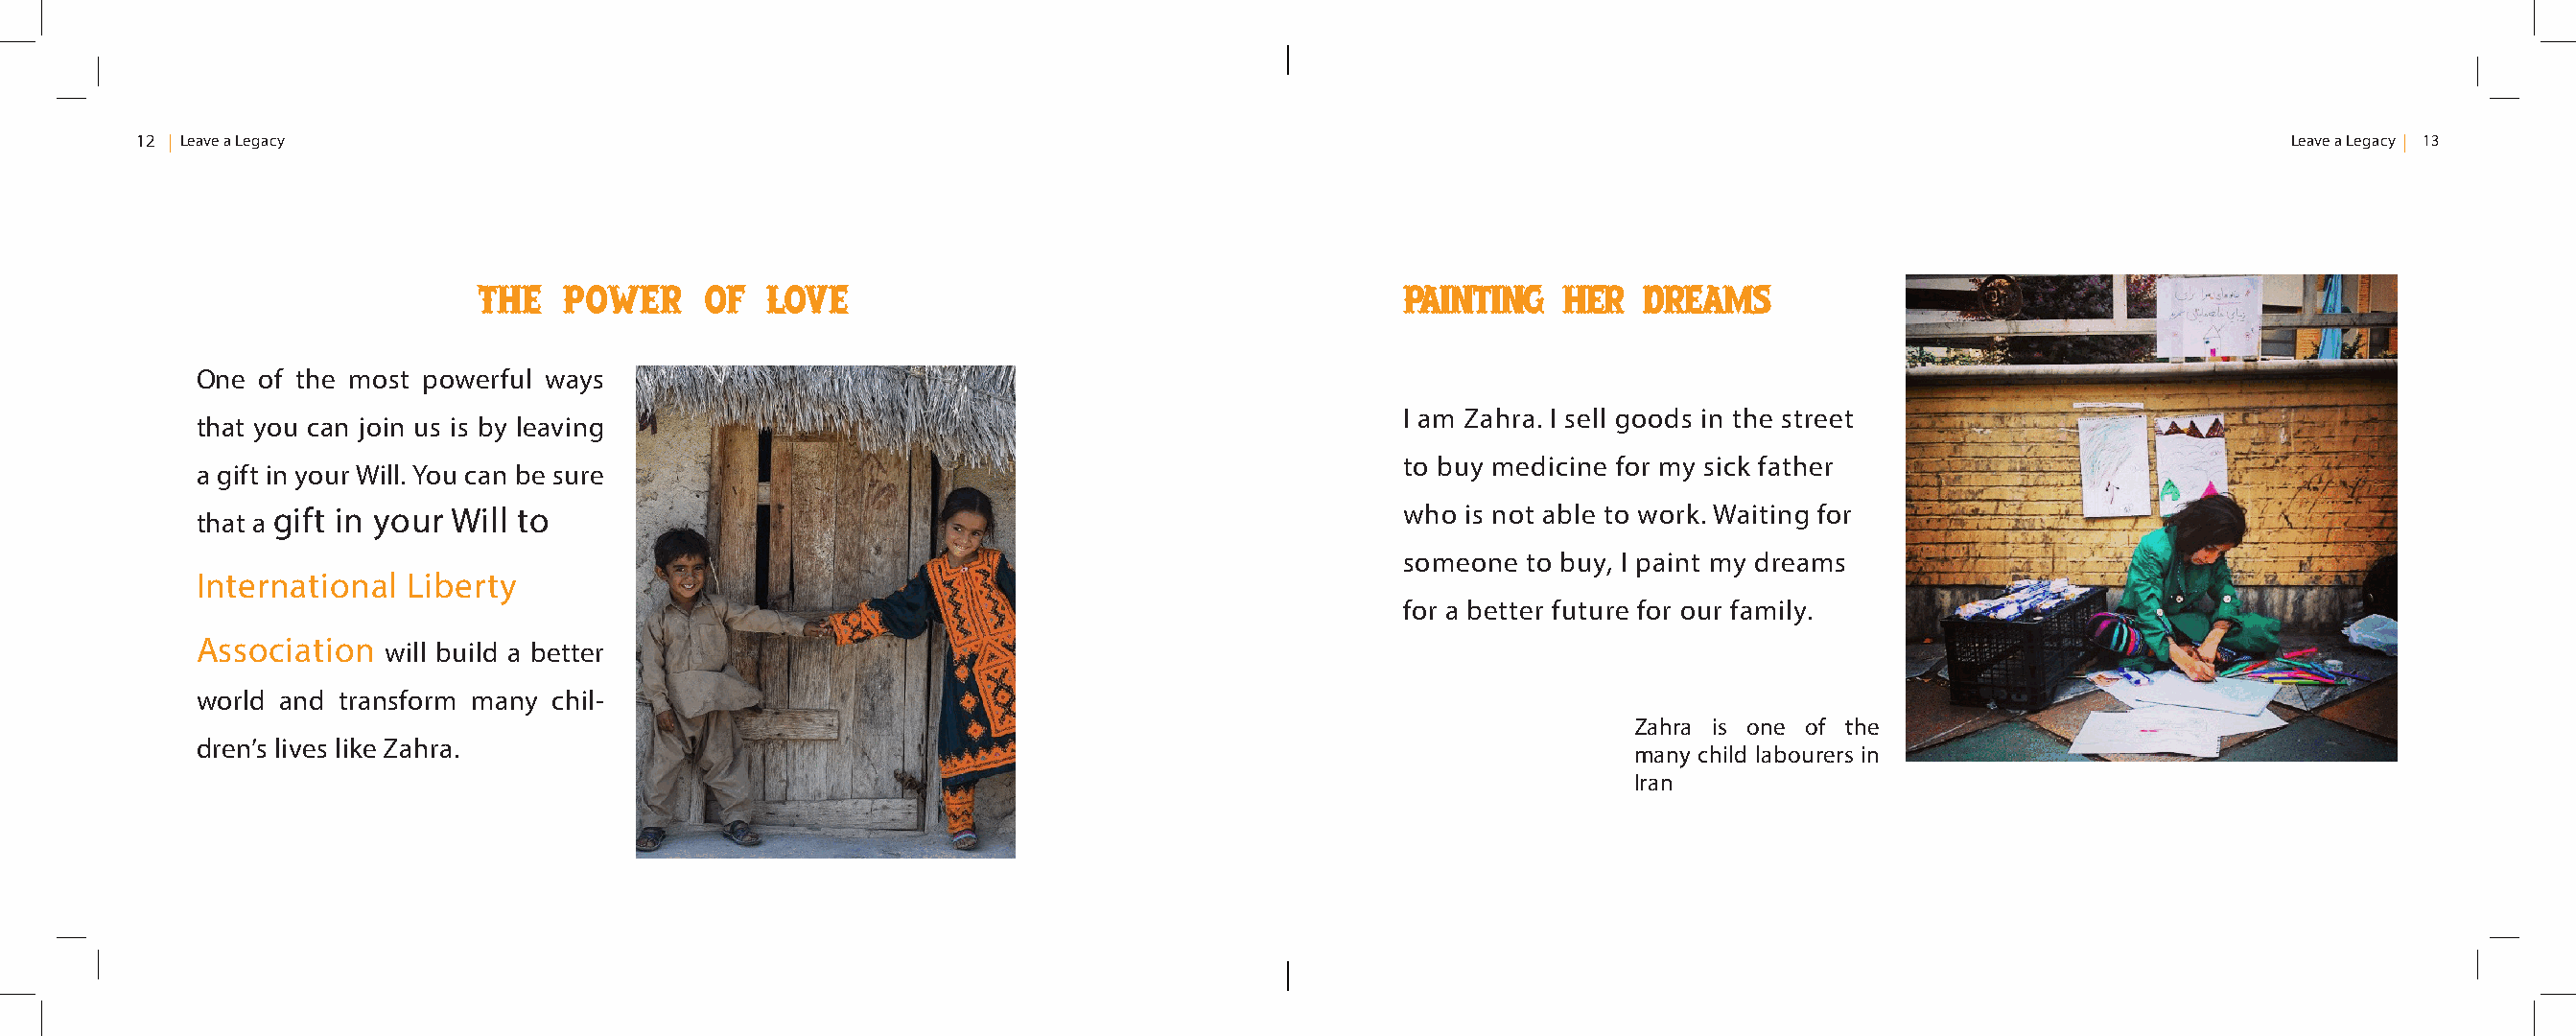
12 Leave a Legacy                                                                                                                                    Leave a Legacy 13
 The   Power     of  Love                                        Painting   her  dreams
 One of the most powerful ways
 I am Zahra. I sell goods in the street
 that you can join us is by leaving
 to buy medicine for my sick father
 a gift in your Will. You can be sure
 that a gift in your Will to                                                        who is not able to work. Waiting for
 someone to buy, I paint my dreams
 International Liberty
 for a better future for our family.
 Association  will build a better
 world and transform many chil-
 Zahra is one of the
 dren’s lives like Zahra.
 many child labourers in
 Iran